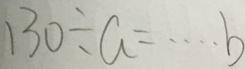
1 3 0 \div a = \cdots b